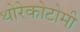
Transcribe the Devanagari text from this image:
थोरेकोटोमी